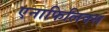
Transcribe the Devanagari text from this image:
एनाफिलिक्स